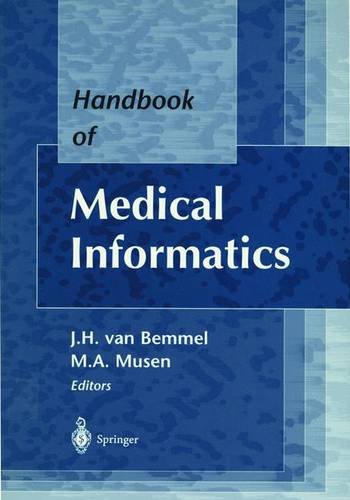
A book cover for Handbook of Medical Informatics; Mark A. Musen; Medical Books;